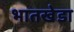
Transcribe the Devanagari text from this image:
भातखेडा